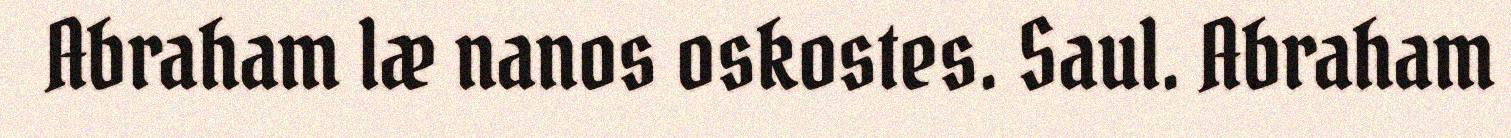
Abraham læ nanos oskostes. Saul. Abraham